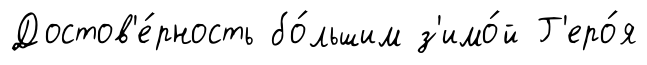
Достов'е́рность бо́льшим з'имо́й Г'еро́я